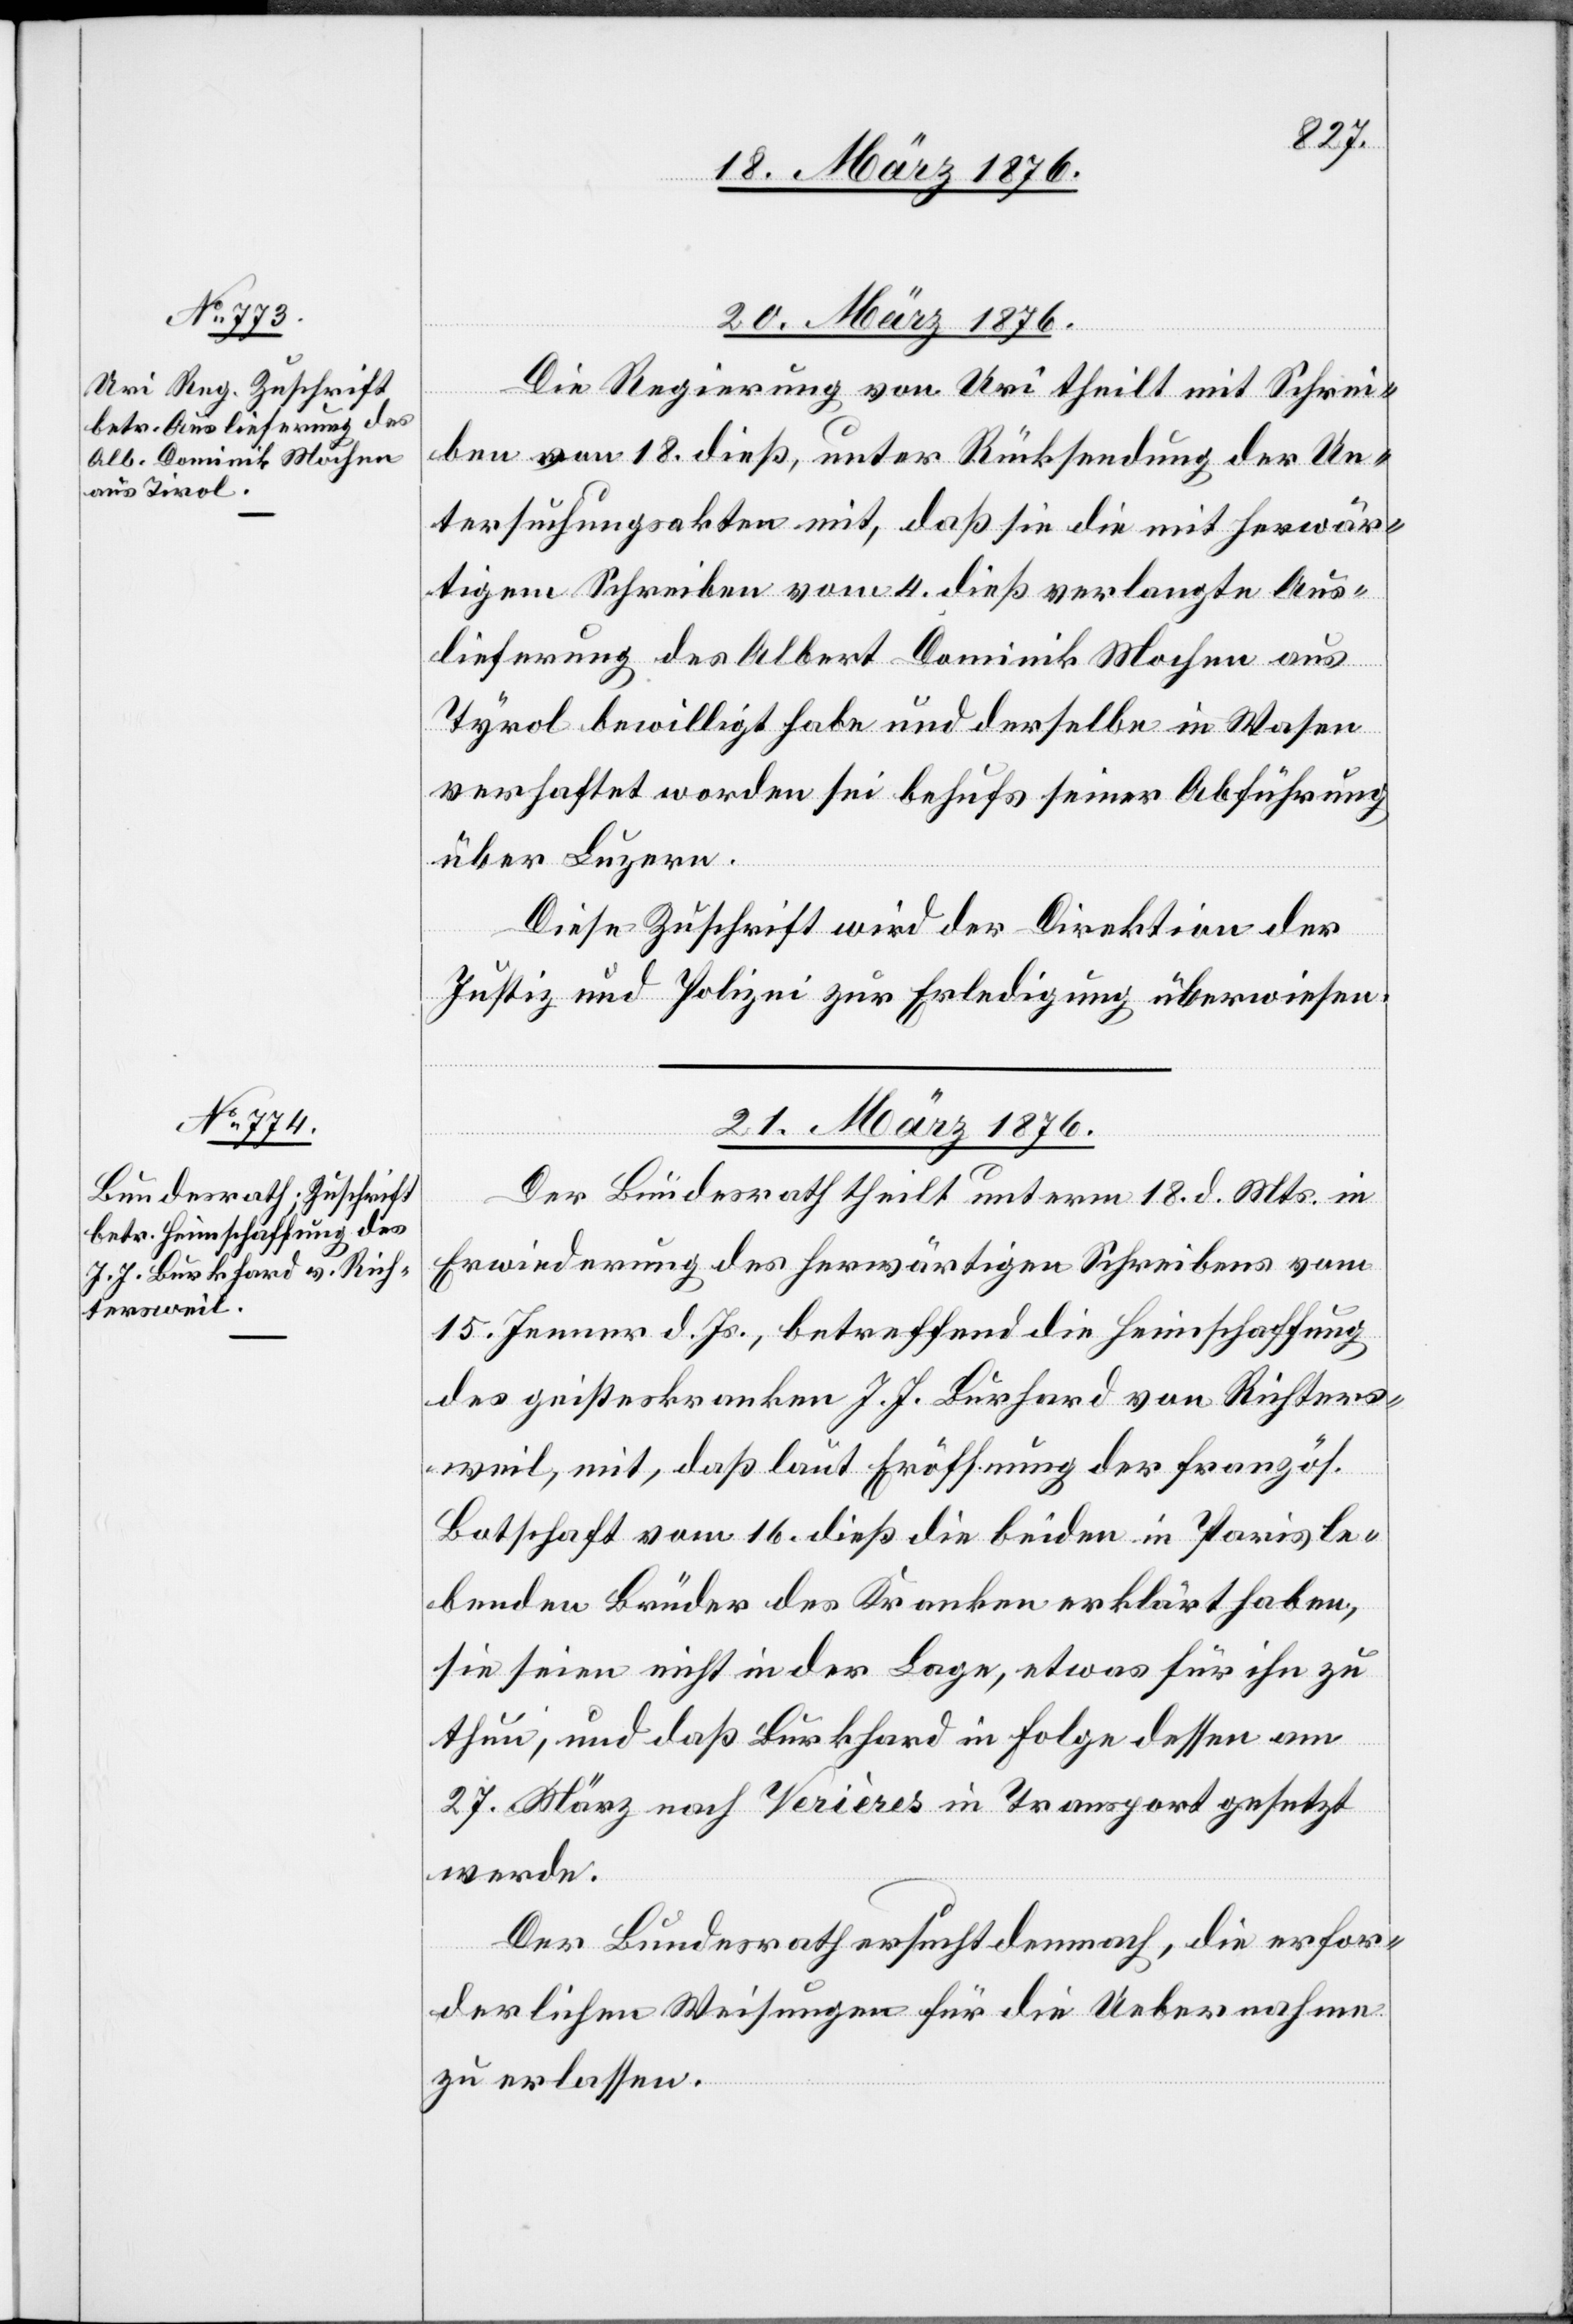
20. März 1876.
Die Regierung von Uri theilt mit Schrei¬
ben vom 18. dieß, unter Rücksendung der Un¬
tersuchungsakten mit, daß sie die mit herwär¬
tigem Schreiben vom 4. dieß verlangte Aus¬
lieferung des Albert Dominik Mochen aus
Tyrol bewilligt habe und derselbe in Wasen
verhaftet worden sei behufs seiner Abführung
über Luzern.
Diese Zuschrift wird der Direktion der
Justiz und Polizei zur Erledigung überwiesen.
21. März 1876.
Der Bundesrath theilt unterm 18. d. Mts. in
Erwiederung des herwärtigen Schreibens vom
15. Jenner d. Js., betreffend die Heimschaffung
des geisteskranken J. J. Burhard [sic!] von Richters¬
weil, mit, daß laut Eröffnung der französ.
Botschaft vom 16. dieß die beiden in Paris le¬
benden Brüder des Kranken erklärt haben,
sie seien nicht in der Lage, etwas für ihn zu
thun, und daß Burkhard in Folge dessen am
27. März nach Verières in Transport gesetzt
werde.
Der Bundesrath ersucht demnach, die erfor¬
derlichen Weisungen für die Uebernahme
zu erlassen.